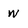
Character: W